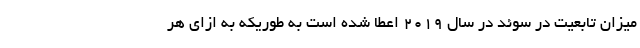
میزان تابعیت در سوئد در سال ۲۰۱۹ اعطا شده است به طوریکه به ازای هر